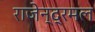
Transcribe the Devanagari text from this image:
राजेन्द्रमल